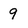
Character: 9